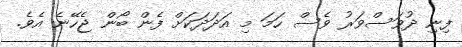
ފިނި ދުވަސްވަރު ވެސް ހަމަ މި އަދަދަކަށް ފެން ބޯން ޖެހޭނެ އެވެ.